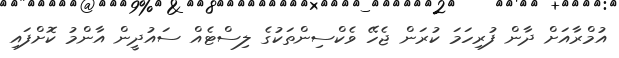
އުމްރާއަށް ދާން ފުރިހަމަ ކުރަން ޖެހޭ ވެކްސިންތަކުގެ ލިސްޓެއް ސައުދީން އާންމު ކޮށްފައި